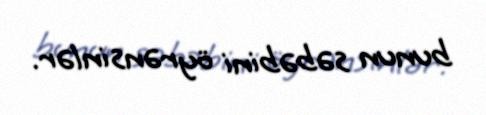
bunun səbəbini öyrənsinlər.